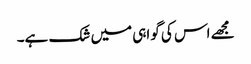
مجھے اس کی گواہی میں شک ہے۔